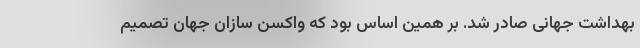
بهداشت جهانی صادر شد. بر همین اساس بود که واکسن سازان جهان تصمیم